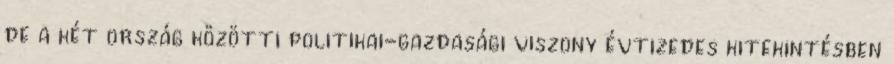
de a két ország közötti politikai-gazdasági viszony évtizedes kitekintésben